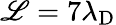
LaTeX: \mathscr{L}=7\lambda_{\mathrm{{D}}}